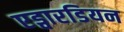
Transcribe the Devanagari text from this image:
एड्वारडियन